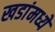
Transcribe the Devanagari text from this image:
खडांमध्ये